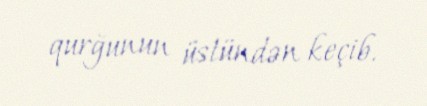
qurğunun üstündən keçib.